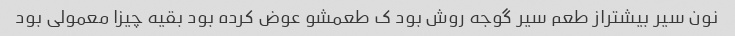
نون سیر بیشتراز طعم سیر گوجه روش بود ک طعمشو عوض کرده بود بقیه چیزا معمولی بود